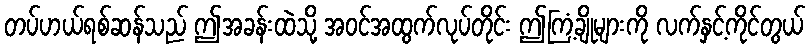
တပ်ဟယ်ရစ်ဆန်သည် ဤအခန်းထဲသို့ အဝင်အထွက်လုပ်တိုင်း ဤကြံ့ချိုများကို လက်နှင့်ကိုင်တွယ်